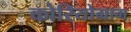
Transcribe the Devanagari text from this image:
कोरियोग्राग